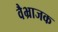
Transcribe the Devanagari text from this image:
वैभ्राजक